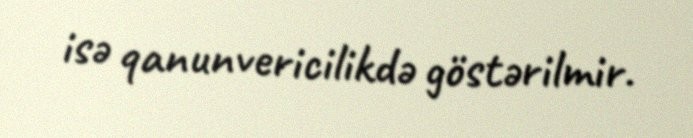
isə qanunvericilikdə göstərilmir.